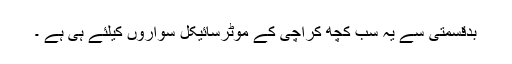
بدقسمتی سے یہ سب کچھ کراچی کے موٹرسائیکل سواروں کیلئے ہی ہے ۔